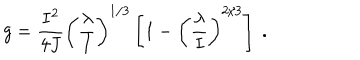
g = { \frac { I ^ { 2 } } { 4 J } } \left( { \frac { \lambda } { I } } \right) ^ { 1 / 3 } \left[ 1 - \left( \frac { \lambda } { I } \right) ^ { 2 / 3 } \right] \ .